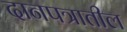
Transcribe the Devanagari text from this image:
दानपत्रातील